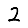
Digit: 2